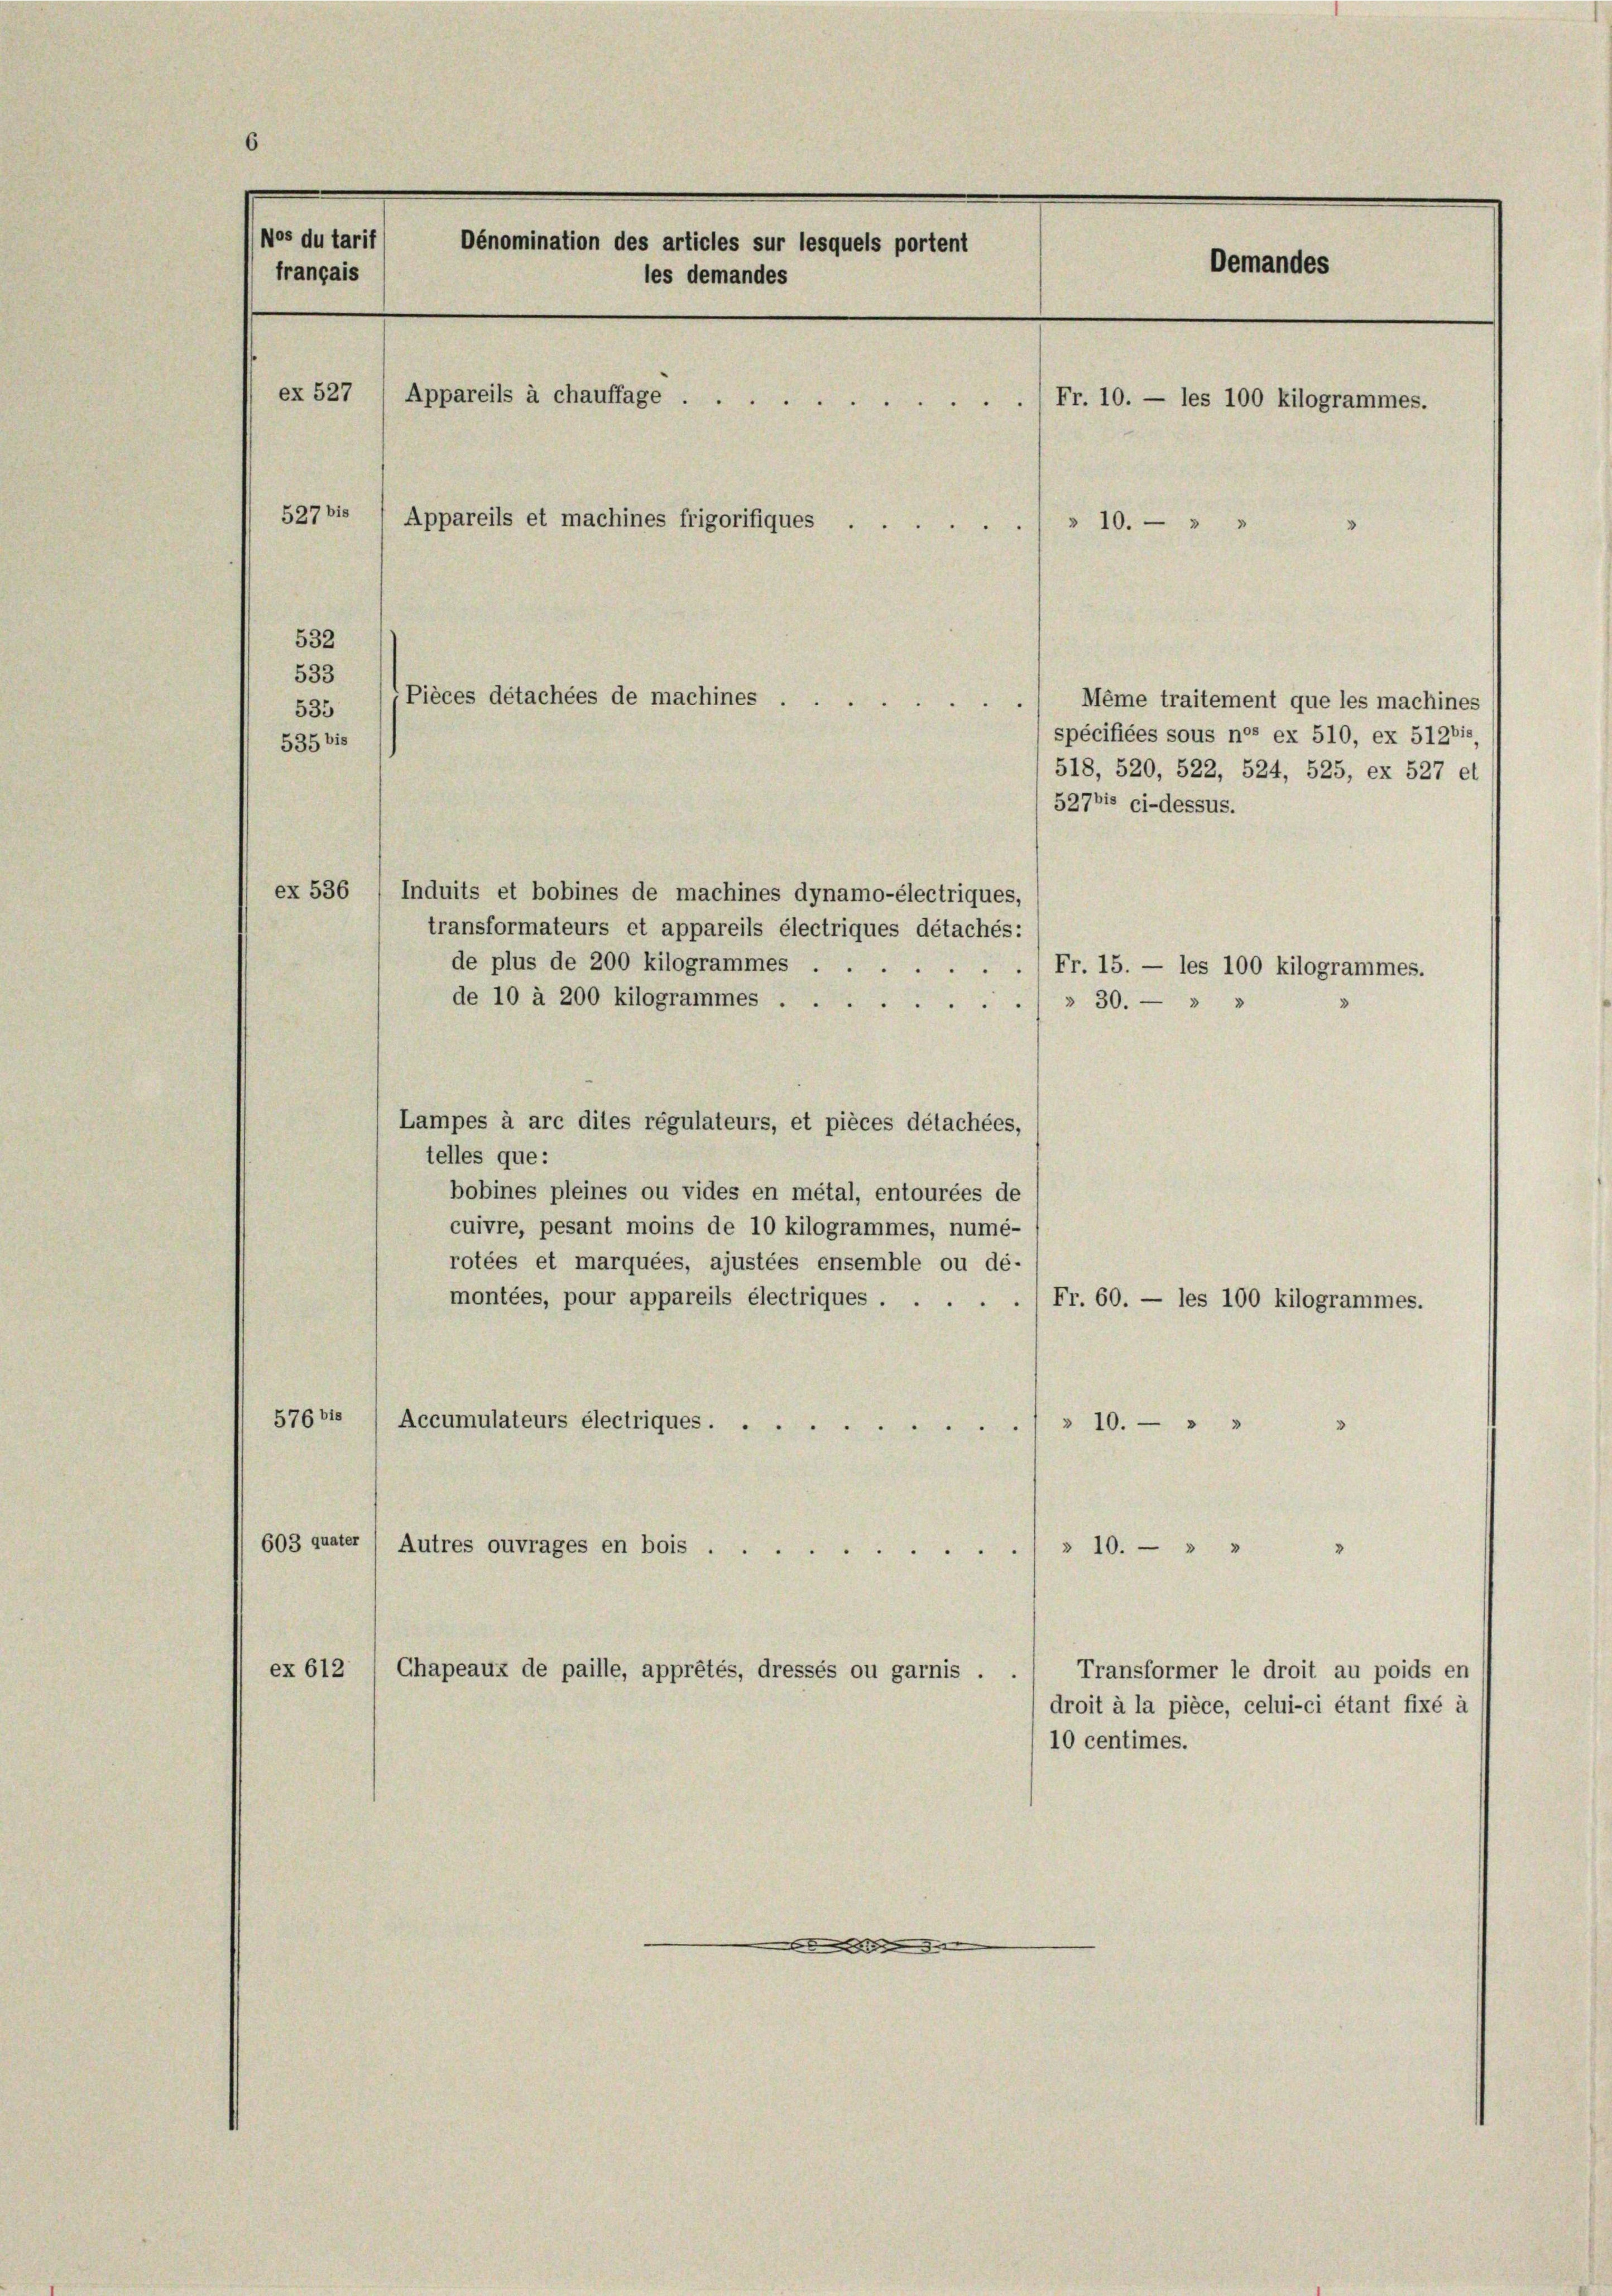
6
Nos du tarif
Dénomination des articles sur lesquels portent
Demandes
français
les demandes
ex 527
Appareils à chauffage) Fr. 10. — les 100 kilogrammes.
527 bis
Appareils et machines frigorifiques
» 10. — »

532
533
535
535 bis
ex 536 / Induits et bobines de machines dynamo-électriques,
transformateurs et appareils électriques détachés:
de plus de 200 kilogrammes ....
Fr. 15. — les 100 kilogrammes.
de 10 à 200 kilogrammes .
)» 30. — 3 v
Lampes à arc dites régulateurs, et pièces détachées,
telles que:
bobines pleines ou vides en métal, entourées de
cuivre, pesant moins de 10 kilogrammes, numé-
rotées et marquées, ajustées ensemble ou dé-
montées, pour appareils électriques ....
Fr. 60. — les 100 kilogrammes.
576 bis
Accumulateurs électriques
" 10. " "
603 quater (Autres ouvrages en bois
"
§ 10.   "
ex 612
Transformer le droit au poids en
Chapeaux de paille, apprétés, dressés ou garnis .
droit à la pièce, celui-ci étant fixé à
10 centimes.
.

Pièces détachées de machines .....

Même traitement que les machines
spécifiées sous nos ex 510, ex 51201,
518, 520, 522, 524, 525, ex 527 et
527bis ci-dessus.